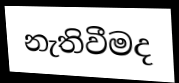
නැතිවීමද